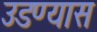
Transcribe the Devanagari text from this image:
उडण्यास